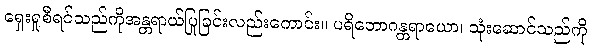
ရှေးရှုစီရင်သည်ကိုအန္တရာယ်ပြုခြင်းလည်းကောင်း။ ပရိဘောဂန္တရာယော၊ သုံးဆောင်သည်ကို